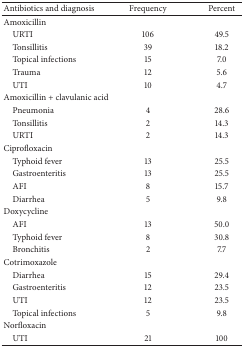
<table><thead><tr><td><b>Antibiotics and diagnosis</b></td><td><b>Frequency</b></td><td><b>Percent</b></td></tr></thead><tbody><tr><td>Amoxicillin</td><td> </td><td> </td></tr><tr><td> URTI</td><td>106</td><td>49.5</td></tr><tr><td> Tonsillitis</td><td>39</td><td>18.2</td></tr><tr><td> Topical infections</td><td>15</td><td>7.0</td></tr><tr><td> Trauma</td><td>12</td><td>5.6</td></tr><tr><td> UTI</td><td>10</td><td>4.7</td></tr><tr><td>Amoxicillin + clavulanic acid</td><td> </td><td> </td></tr><tr><td> Pneumonia</td><td>4</td><td>28.6</td></tr><tr><td> Tonsillitis</td><td>2</td><td>14.3</td></tr><tr><td> URTI</td><td>2</td><td>14.3</td></tr><tr><td>Ciprofloxacin</td><td> </td><td> </td></tr><tr><td> Typhoid fever</td><td>13</td><td>25.5</td></tr><tr><td> Gastroenteritis</td><td>13</td><td>25.5</td></tr><tr><td> AFI</td><td>8</td><td>15.7</td></tr><tr><td> Diarrhea</td><td>5</td><td>9.8</td></tr><tr><td>Doxycycline</td><td> </td><td> </td></tr><tr><td> AFI</td><td>13</td><td>50.0</td></tr><tr><td> Typhoid fever</td><td>8</td><td>30.8</td></tr><tr><td> Bronchitis</td><td>2</td><td>7.7</td></tr><tr><td>Cotrimoxazole</td><td> </td><td> </td></tr><tr><td> Diarrhea</td><td>15</td><td>29.4</td></tr><tr><td> Gastroenteritis</td><td>12</td><td>23.5</td></tr><tr><td> UTI</td><td>12</td><td>23.5</td></tr><tr><td> Topical infections</td><td>5</td><td>9.8</td></tr><tr><td>Norfloxacin</td><td> </td><td> </td></tr><tr><td> UTI</td><td>21</td><td>100</td></tr></tbody></table>